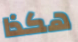
هكذا